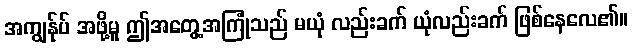
အကျွန်ုပ် အဖို့မူ ဤအတွေ့အကြုံသည် မယုံ လည်းခက် ယုံလည်းခက် ဖြစ်နေလေ၏။